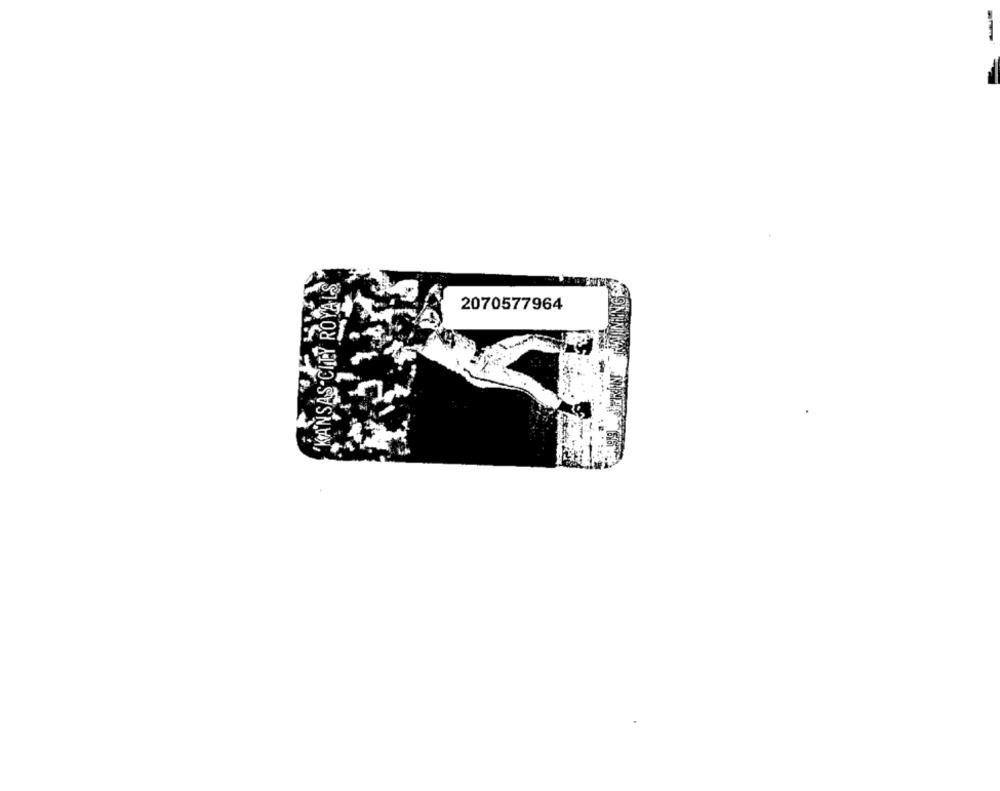
'KANSAS CITY ROYALS
2070577964